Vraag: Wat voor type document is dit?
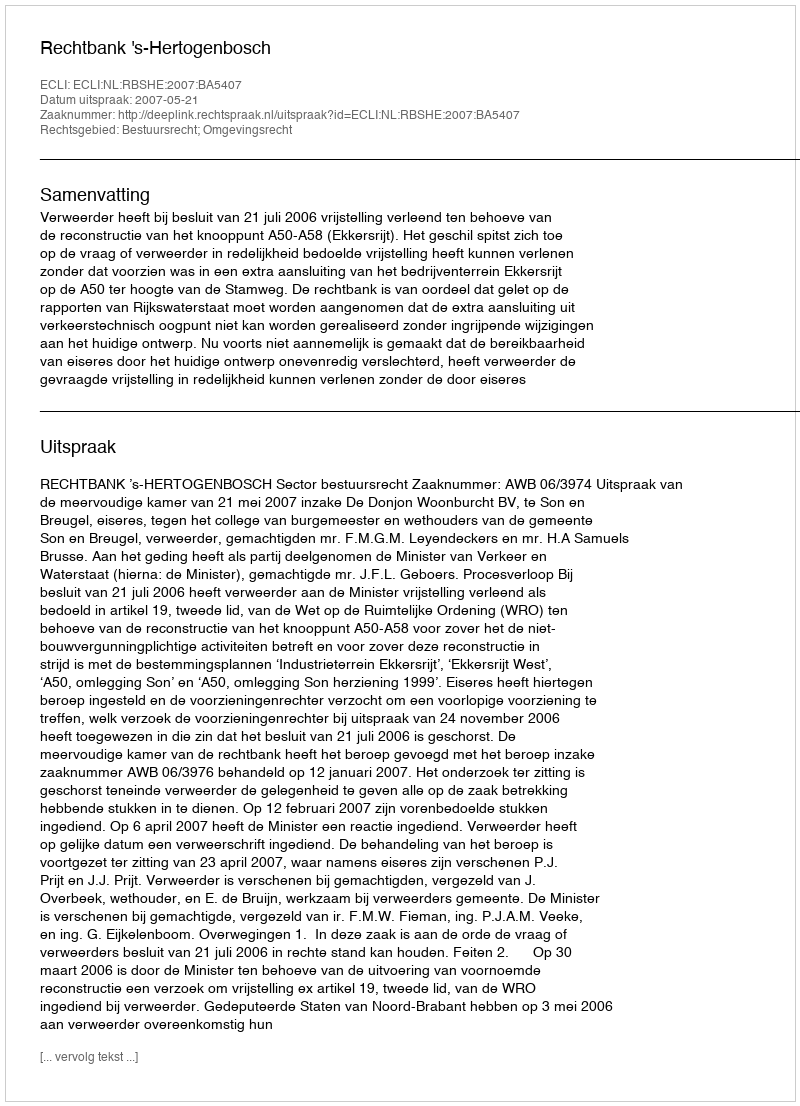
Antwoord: Uitspraak